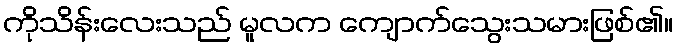
ကိုသိန်းလေးသည် မူလက ကျောက်သွေးသမားဖြစ်၏။